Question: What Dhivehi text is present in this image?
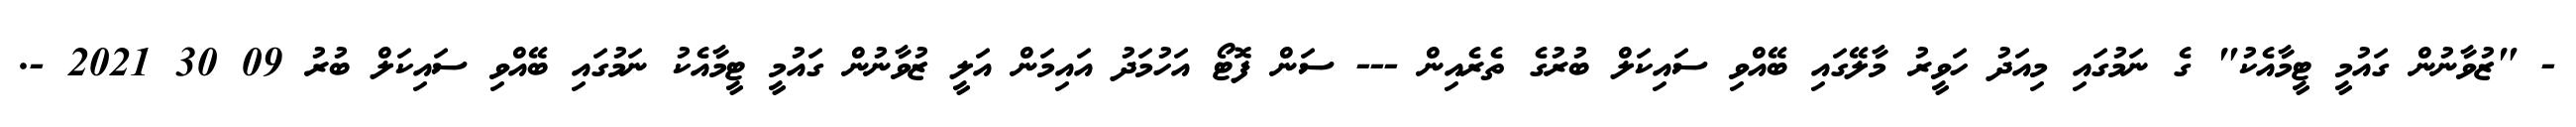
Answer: - "ޒުވާނުން ގައުމީ ޓީމާއެކު" ގެ ނަމުގައި މިއަދު ހަވީރު މާލޭގައި ބޭއްވި ސައިކަލް ބުރުގެ ތެރެއިން --- ސަން ފޮޓޯ އަހުމަދު އައިމަން އަލީ ޒުވާނުން ގައުމީ ޓީމާއެކު ނަމުގައި ބޭއްވި ސައިކަލް ބުރު 09 30 2021 -.